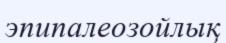
эпипалеозойлық